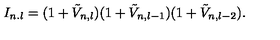
I _ { n . l } = ( 1 + \tilde { V } _ { n , l } ) ( 1 + \tilde { V } _ { n , l - 1 } ) ( 1 + \tilde { V } _ { n , l - 2 } ) .